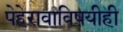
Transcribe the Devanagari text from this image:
पेहेरावाविषयीही